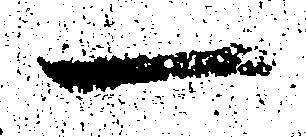
一